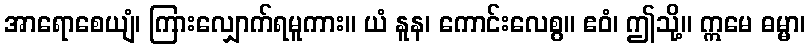
အာရောစေယျံ၊ ကြားလျှောက်ရမူကား။ ယံ နူန၊ ကောင်းလေစွ။ ဧဝံ၊ ဤသို့။ ဣမေ ဓမ္မာ၊